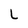
Character: L